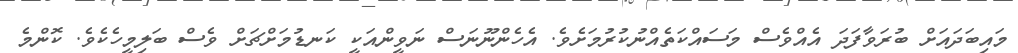
މައިބަދައަށް ބުރަވާފަދަ އެއްވެސް މަސައްކަތެއްނުކުރުމަށެވެ. އެހެންނޫނަސް ނަވީންއަކީ ކަނޑުމަށްޗަށް ވެސް ބަލިމީހެކެވެ. ކޮންމެ